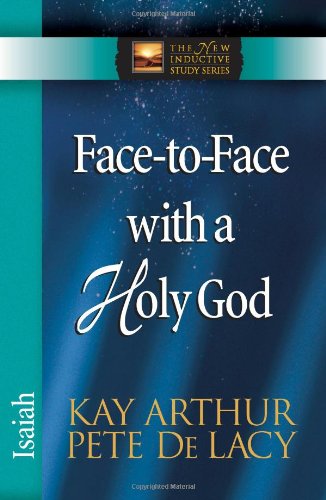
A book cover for Face-to-Face with a Holy God: Isaiah (The New Inductive Study Series); Kay Arthur; Christian Books & Bibles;